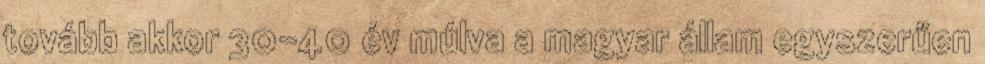
tovább akkor 30-40 év múlva a magyar állam egyszerűen